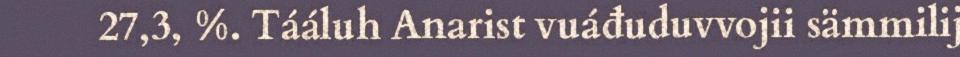
27,3, %. Tááluh Anarist vuáđuduvvojii sämmilij